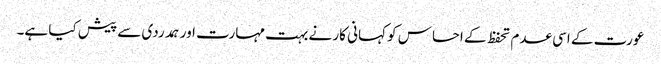
عورت کے اسی عدم تحفظ کے احساس کو کہانی کار نے بہت مہارت اور ہمدردی سے پیش کیا ہے۔